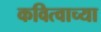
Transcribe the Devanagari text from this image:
कवित्वाच्या